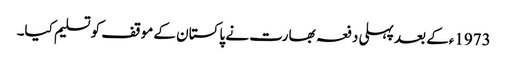
1973ءکے بعد پہلی دفعہ بھارت نے پاکستان کے موقف کو تسلیم کیا۔